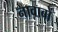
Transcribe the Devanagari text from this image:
नावाबों